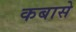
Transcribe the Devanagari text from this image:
कबासे